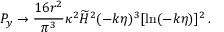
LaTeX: { \cal P } _ { y } \to { \frac { 1 6 r ^ { 2 } } { \pi ^ { 3 } } } \kappa ^ { 2 } \widetilde { H } ^ { 2 } ( - k \eta ) ^ { 3 } [ \ln ( - k \eta ) ] ^ { 2 } \, .